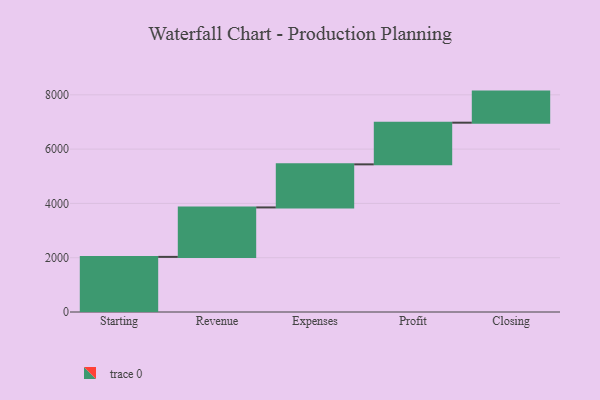
{"axis": {"x": "Step", "y": "Value"}, "legend": [""], "data": [{"x": "Starting", "y": 2030.0, "type": ""}, {"x": "Revenue", "y": 1822.0, "type": ""}, {"x": "Expenses", "y": 1587.0, "type": ""}, {"x": "Profit", "y": 1535.0, "type": ""}, {"x": "Closing", "y": 1145.0, "type": ""}]}